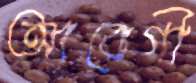
আবেগী